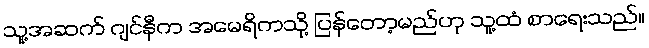
သူ့အဆက် ဂျင်နီက အမေရိကသို့ ပြန်တော့မည်ဟု သူ့ထံ စာရေးသည်။